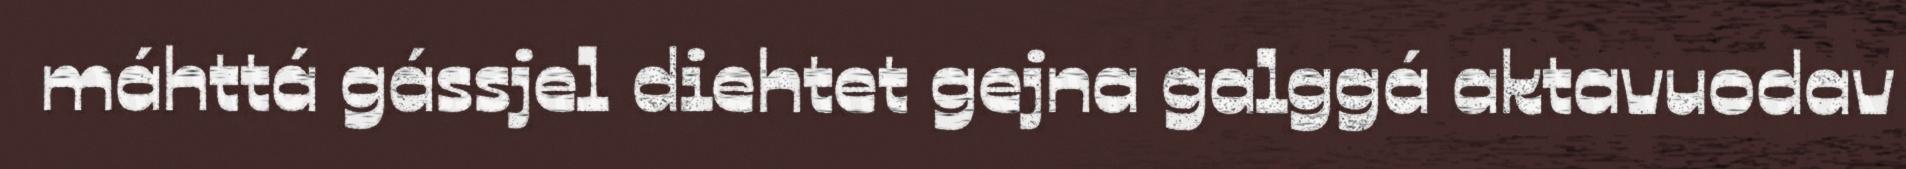
máhttá gássjel diehtet gejna galggá aktavuodav